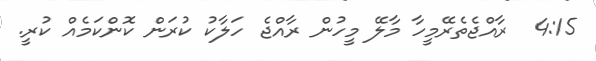
4:15  ރާއްޖެތެރޭމީހާ މާލޭ މީހުން ރާއްޖެ ހަލާކު ކުރަން ކޮންކަމެއް ކުރީ.